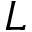
L